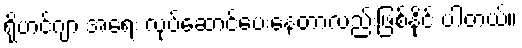
ရိုဟင်ဂျာ အရေး လုပ်ဆောင်ပေးနေတာလည်းဖြစ်နိုင် ပါတယ်။